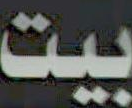
بيت